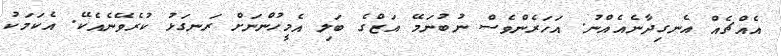
އެއްޗެއް އެނގިދާނެއެއްނު. އަހަރެންވެސް ނުބުނަމޭ އަޒްގެ ބަލި އެމީހުންނަށް ރަނގަޅު ކުރެވޭނެއެކޭ. އެކަމަކު